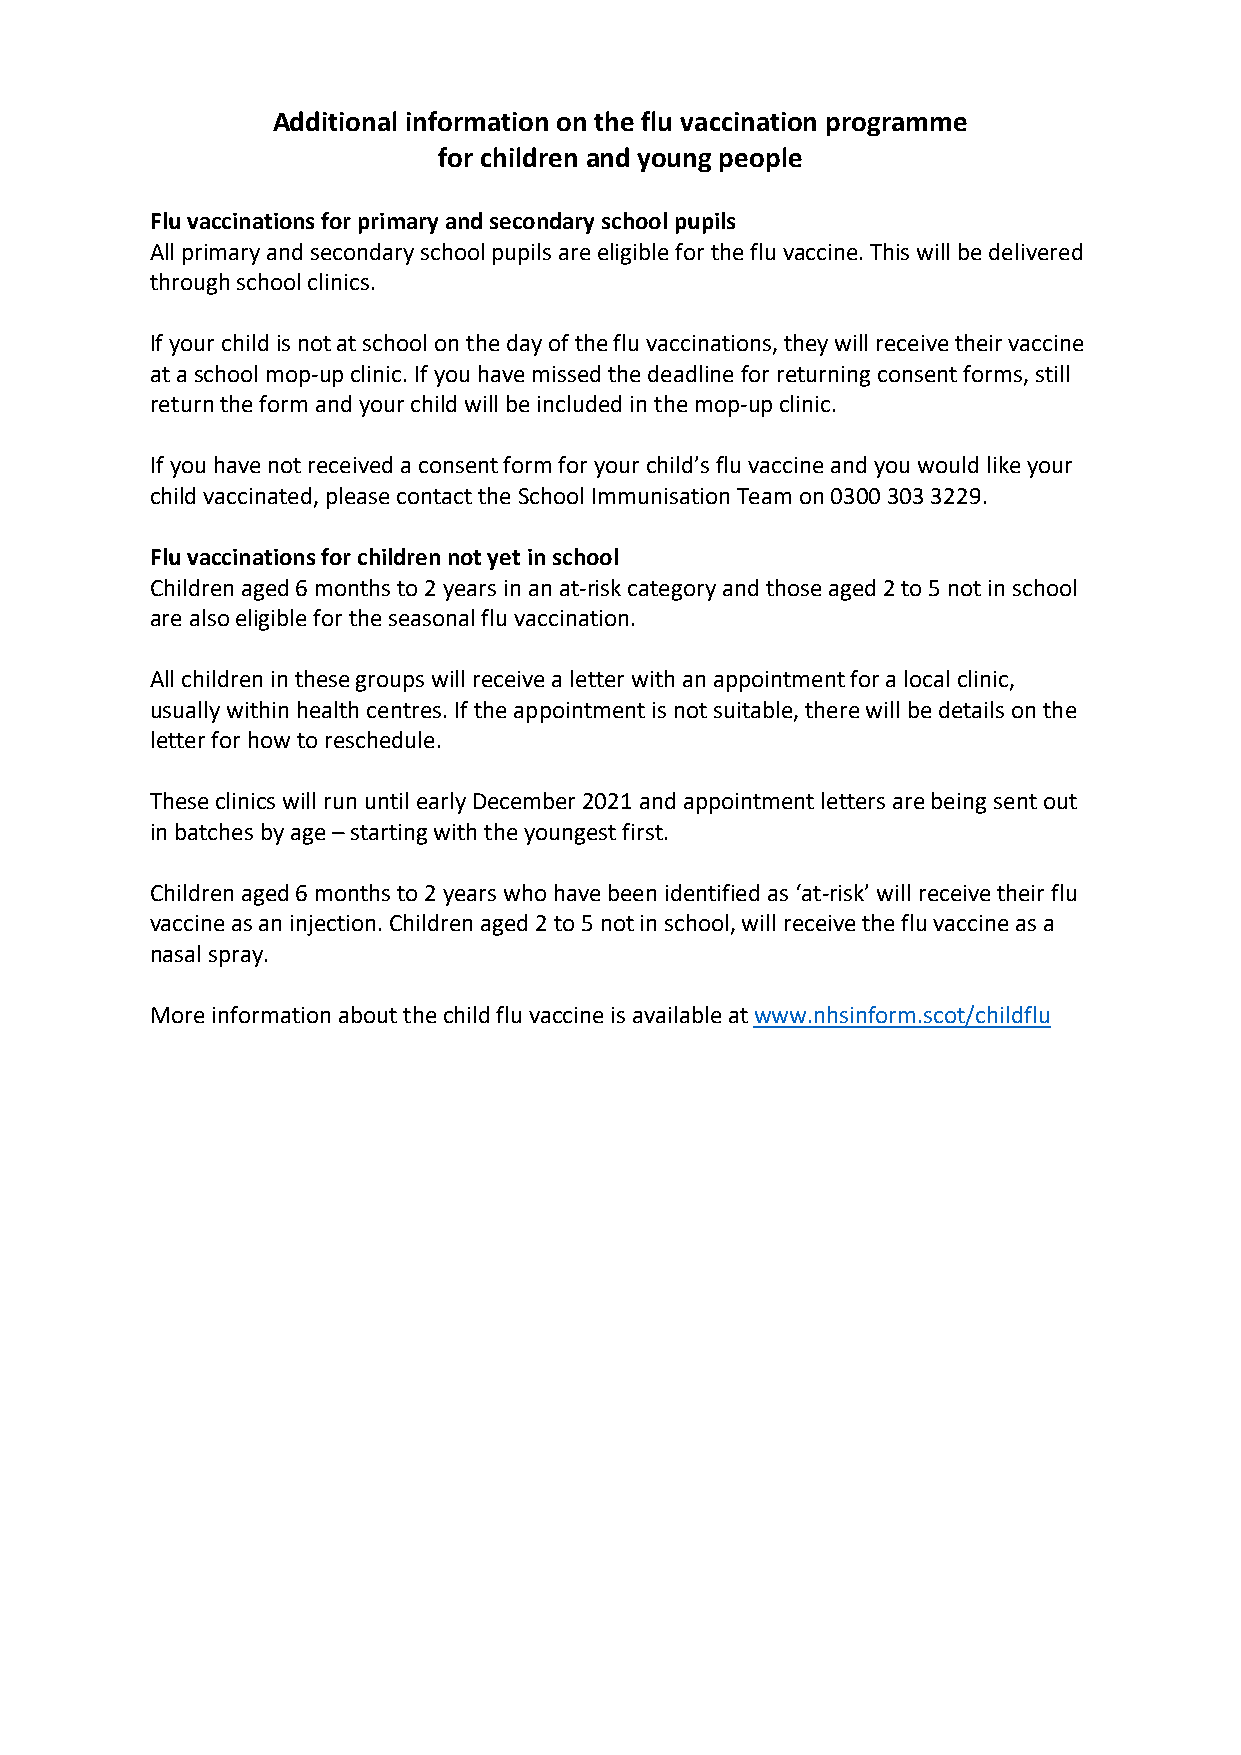
Additional information on the flu vaccination programme
 for children and young people
 Flu vaccinations for primary and secondary school pupils
 All primary and secondary school pupils are eligible for the flu vaccine. This will be delivered
 through school clinics.
 If your child is not at school on the day of the flu vaccinations, they will receive their vaccine
 at a school mop-up clinic. If you have missed the deadline for returning consent forms, still
 return the form and your child will be included in the mop-up clinic.
 If you have not received a consent form for your child’s flu vaccine and you would like your
 child vaccinated, please contact the School Immunisation Team on 0300 303 3229.
 Flu vaccinations for children not yet in school
 Children aged 6 months to 2 years in an at-risk category and those aged 2 to 5 not in school
 are also eligible for the seasonal flu vaccination.
 All children in these groups will receive a letter with an appointment for a local clinic,
 usually within health centres. If the appointment is not suitable, there will be details on the
 letter for how to reschedule.
 These clinics will run until early December 2021 and appointment letters are being sent out
 in batches by age – starting with the youngest first.
 Children aged 6 months to 2 years who have been identified as ‘at-risk’ will receive their flu
 vaccine as an injection. Children aged 2 to 5 not in school, will receive the flu vaccine as a
 nasal spray.
 More information about the child flu vaccine is available at www.nhsinform.scot/childflu